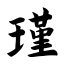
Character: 瑾